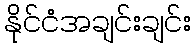
နိုင်ငံအချင်းချင်း